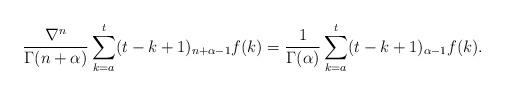
LaTeX: \begin{align*}{\nabla^n\over\Gamma(n+\alpha)}\sum_{k=a}^t(t-k+1)_{n+\alpha-1}f(k)={1\over\Gamma(\alpha)}\sum_{k=a}^t(t-k+1)_{\alpha-1}f(k). \end{align*}